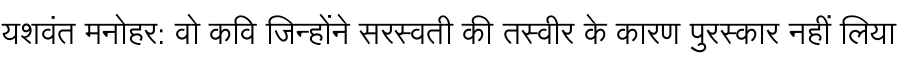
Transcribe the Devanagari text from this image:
यशवंत मनोहर: वो कवि जिन्होंने सरस्वती की तस्वीर के कारण पुरस्कार नहीं लिया